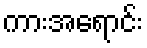
ကားအရောင်း